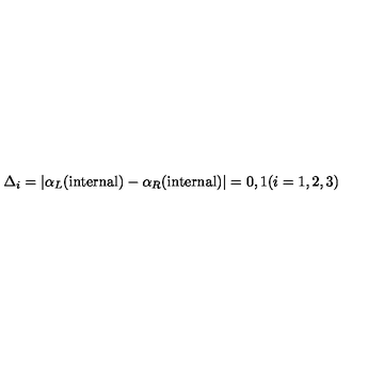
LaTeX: \Delta _ { i } = \vert \alpha _ { L } ( \mathrm { i n t e r n a l } ) - \alpha _ { R } ( \mathrm { i n t e r n a l } ) \vert = 0 , 1 ( i = 1 , 2 , 3 )